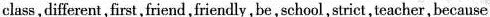
class,different,first,friend,friendly,be,school, strict,teacher, because